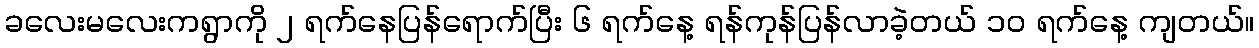
ခလေးမလေးကရွာကို ၂ ရက်နေပြန်ရောက်ပြီး ၆ ရက်နေ့ ရန်ကုန်ပြန်လာခဲ့တယ် ၁၀ ရက်နေ့ ကျတယ်။